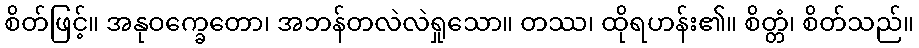
စိတ်ဖြင့်။ အနုဝက္ခေတော၊ အဘန်တလဲလဲရှုသော။ တဿ၊ ထိုရဟန်း၏။ စိတ္တံ၊ စိတ်သည်။